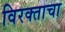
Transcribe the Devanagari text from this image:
विरक्ताचा